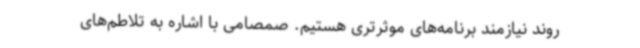
روند نیازمند برنامه‌های موثرتری هستیم. صمصامی با اشاره به تلاطم‌های